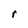
Character: r